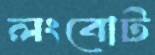
লংবোট